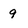
Character: 9